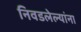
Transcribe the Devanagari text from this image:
निवडलेल्यांना